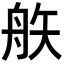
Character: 𥎻